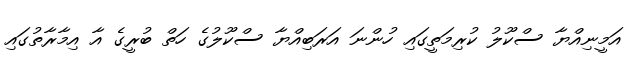
އަމީނިއްޔާ ސްކޫލު ކުރިމަތީގައި ހުންނަ އަރަބިއްޔާ ސްކޫލުގެ ހަތް ބުރީގެ އާ އިމާރާތުގައި